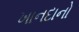
ખાનદાનો